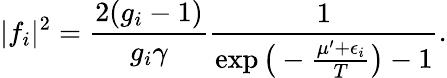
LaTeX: \lvert f_{i}\rvert^{2}=\frac{2(g_{i}-1)}{g_{i}\gamma}\frac{1}{\exp\big(-\frac{\mu^{\prime}+\epsilon_{i}}{T}\big)-1}.